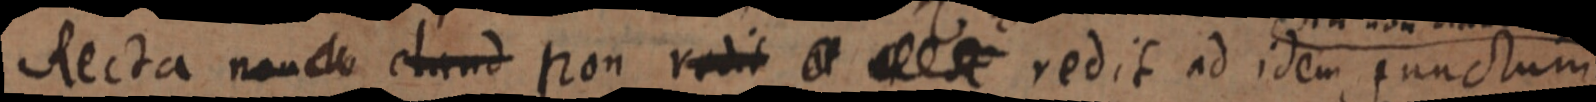
Recta non claud non redit at _ redit ad idem punctum,